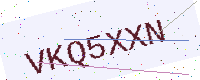
Text: VKQ5XXN